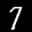
Label: 7